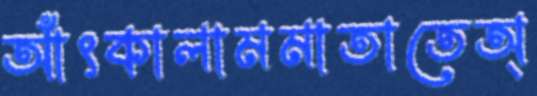
আঁৎকালামমাতাতেঅ্